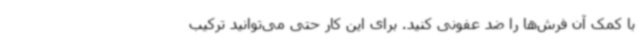
با کمک آن فرش‌ها را ضد عفونی کنید. برای این کار حتی می‌توانید ترکیب